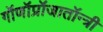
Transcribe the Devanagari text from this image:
गॉणॉप्रॉजातॉन्त्री